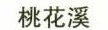
桃花溪